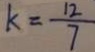
k = \frac { 1 2 } { 7 }